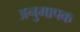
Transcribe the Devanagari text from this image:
अनुमापक